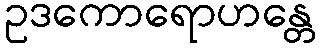
ဥဒကောရောဟန္တေ